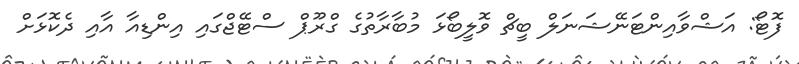
ފޮޓޯ: އަޝްވާއިންޓަނޭޝަނަލް ބީޗް ވޮލީބޯޅަ މުބާރާތުގެ ގްރޫޕް ސްޓޭޖްގައި އިންޑިއާ އާއި ދެކޮޅަށް